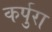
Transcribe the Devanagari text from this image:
कर्पुरा